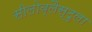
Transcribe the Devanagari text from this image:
सीलोब्लैस्टुला